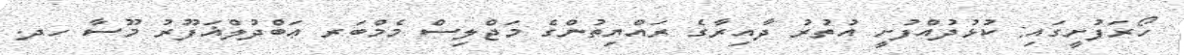
ހޯރަފުށީގައި: ކުޅުދުއްފުށީ އުތުރު ދާއިރާގެ ރައްޔިތުންގެ މަޖްލިސް މެމްބަރ ޢަބްދުލްޣަފޫރު މޫސާ ހދ.